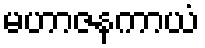
မဟာဇနကာယံ